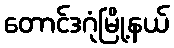
တောင်ဒဂုံမြို့နယ်